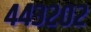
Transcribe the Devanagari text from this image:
४४३२०२